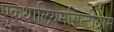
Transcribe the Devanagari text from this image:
एकथालियमसिन्टीग्राम